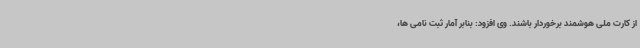
از کارت ملی هوشمند برخوردار باشند. وی افزود: بنابر آمار ثبت نامی ها،